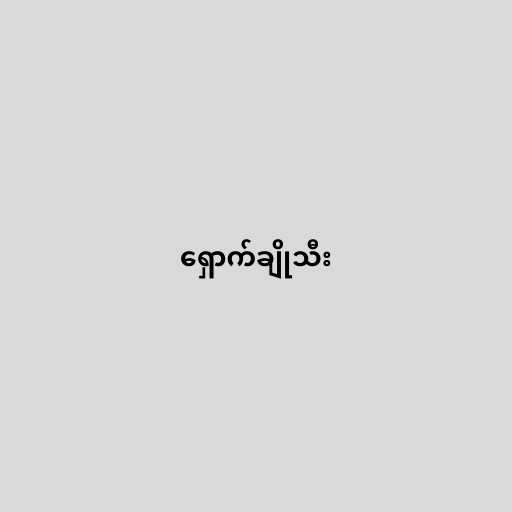
ရှောက်ချိုသီး